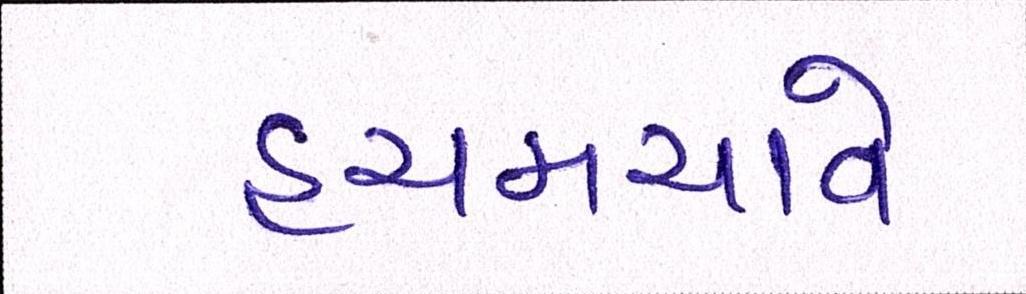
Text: હચમચાવે